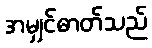
အမျှင်ဓာတ်သည်